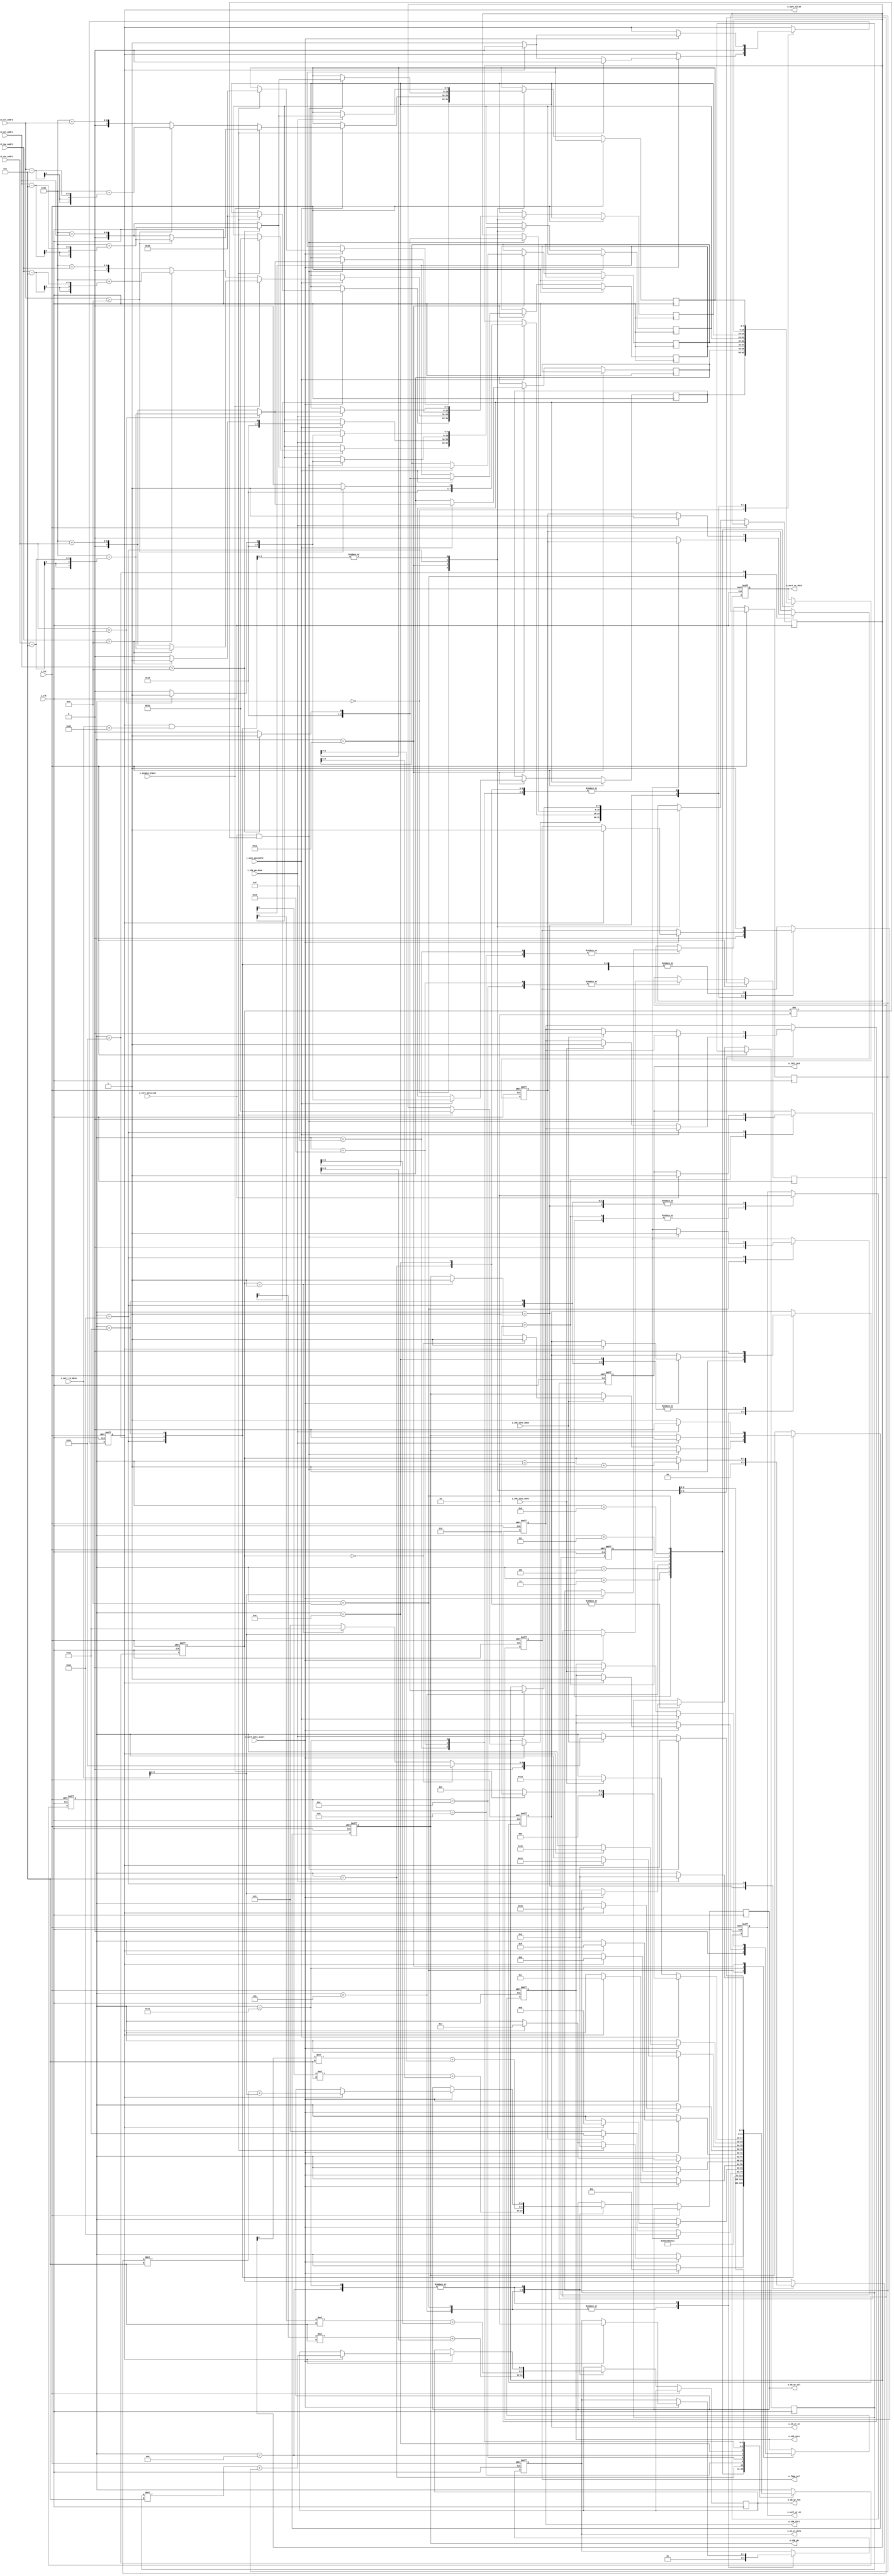
//--------------------------------------------------------------------------------------------
//    module      :    master_sm
//    top module  :    connect6
//    description :    The master state machine
//    revision    :
//    17-8-2011   :    Initial draft
//    16-9-2011   :    Corrected bug in threat detection
//--------------------------------------------------------------------------------------------

`define empty_cell 2'b00
`define my_cell    2'b01
`define enemy_cell 2'b10

module master_sm(
input    wire       i_clk,
input    wire       i_rst,
(* keep = "true" *)
input    wire       i_uart_data_avail,
(* keep = "true" *)
input    wire [7:0] i_uart_rd_data,
output   reg  [7:0] o_uart_wr_data,
output   reg        o_uart_wr_en,
output   reg        o_uart_rd_en,
output   reg        o_sb_wr_en,
(* keep = "true" *)
output   reg  [1:0] o_sb_wr_data,
(* keep = "true" *)
output   reg  [4:0] o_sb_wr_row,
(* keep = "true" *)
output   reg  [4:0] o_sb_wr_col,
output   reg        o_chk_succ,
input    wire       i_chk_succ_done,
input    wire       i_succ_possible,
input    wire [4:0] i_td_row_addr1,
input    wire [4:0] i_td_col_addr1,
input    wire [4:0] i_td_row_addr2,
input    wire [4:0] i_td_col_addr2,
output   reg        o_chk_thrt,
output   reg        o_chk_pm,
input    wire       i_chk_pm_done,
input    wire       i_chk_thrt_done,
input    wire       i_thrt_detected,
output   reg        o_fpga_act,
output   reg        o_thrt_ack,
input    wire       i_single_place
);


wire   [7:0]    rand_cntr_value;
reg    [5:0]    state;
reg    [7:0]    uart_wr_buff[7:0];
reg    [3:0]    uart_rd_buff[2:0];
reg             thrt_flag;
reg    [1:0]    threat_cnt;
reg             pm_flag;
parameter       START      =    0,
                IDLE       =    1,
				TX1B1      =    2,
				TX1B2      =    3,
				TX1B3      =    4,
				TX1B4      =    5,
				TX2B1      =    6,
				TX2B2      =    7,
				TX2B3      =    8,
				TX2B4      =    9,
				RX1B1      =    10,
				RX1B2      =    11,
				RX1B3      =    12,
				RX1B4      =    13,
				RX2B1      =    14,
				RX2B2      =    15,
				RX2B3      =    16,
				RX2B4      =    17,
				CHK_SUCC   =    18,
			    CHK_TRT    =    19,
			    CHK_PM1    =    20,
			    CHK_PM2    =    21;

always @(posedge i_clk or posedge i_rst)
begin
    if(i_rst)
	begin
	    state         <=    START;
		o_uart_wr_en  <=    1'b0;
		o_uart_rd_en  <=    1'b0;
		o_fpga_act    <=    1'b0;
		o_chk_succ    <=    1'b0;
		o_chk_pm      <=    1'b0;
		thrt_flag     <=    1'b0;
		o_thrt_ack    <=    1'b0;
		threat_cnt    <=    0;
		o_uart_wr_data<=    0; 
		o_sb_wr_en    <=    0;
		o_sb_wr_data  <=    `empty_cell;
		o_chk_thrt    <=    1'b0;
		pm_flag       <=    1'b0;
	end
	else
	begin
	    case(state)
		    START:begin
			    if(i_uart_data_avail)   //Wait until the rafaree indication.
				begin
				    o_uart_rd_en    <=    1'b1;
					if(o_uart_rd_en & i_uart_rd_data == 'h44)   //FPGA is playing black
					begin                              //Replace if the initial placement needs to be random. Now always (10,10)
					    uart_wr_buff[4]    <=    8'h31;//{4'h3,3'h0,rand_cntr_value[0]};
					    uart_wr_buff[5]    <=    8'h30;//{4'h3,1'h0,rand_cntr_value[3:2],1'h1};
					    uart_wr_buff[6]    <=    8'h31;//{4'h3,3'h0,rand_cntr_value[1]};
					    uart_wr_buff[7]    <=    8'h30;//{4'h3,1'h0,rand_cntr_value[5:4],1'h1};
						o_uart_rd_en       <=    1'b0;
						state              <=    TX2B1;
					end
					else if(o_uart_rd_en)                         //FPGA is playing white so wait for first move
					begin
					    state         <=    RX2B1;
						o_uart_rd_en  <=    1'b0;
					end
				end
			end
			IDLE:begin
				o_sb_wr_en   <=    1'b0;
				o_fpga_act   <=    1'b0;
				o_uart_wr_en <=    1'b0;
				o_uart_rd_en <=    1'b0;
				threat_cnt   <=    0;
				if(i_uart_data_avail)
			        state        <=    RX1B1;
			end
			TX1B1:begin
                o_uart_wr_en    <=    1'b1;
				o_uart_wr_data  <=    uart_wr_buff[0];
                state           <=    TX1B2;
                o_fpga_act      <=    1'b1;				
			end
			TX1B2:begin
				o_uart_wr_data  <=    uart_wr_buff[1];
                state           <=    TX1B3;
                o_fpga_act      <=    1'b1;					
			end
			TX1B3:begin
				o_uart_wr_data  <=    uart_wr_buff[2];
                state           <=    TX1B4;
                o_fpga_act      <=    1'b1;				
			end
			TX1B4:begin
				o_uart_wr_data  <=    uart_wr_buff[3];

                o_fpga_act      <=    1'b1;	
                o_sb_wr_en      <=    1'b1;
                o_sb_wr_row     <=    uart_wr_buff[0][0]*10 + uart_wr_buff[1][3:0];
                o_sb_wr_col     <=    uart_wr_buff[2][0]*10 + uart_wr_buff[3][3:0];		
                o_sb_wr_data    <=    `my_cell;	
                state           <=    TX2B1;				
			end
			TX2B1:begin
			    o_uart_wr_en    <=    1'b1;
				o_sb_wr_en      <=    1'b0;
				o_uart_wr_data  <=    uart_wr_buff[4];
                state           <=    TX2B2;	
                o_fpga_act      <=    1'b1;	
                o_thrt_ack      <=    1'b0;				
			end
			TX2B2:begin
				o_uart_wr_data  <=    uart_wr_buff[5];
                state           <=    TX2B3;	
                o_fpga_act      <=    1'b1;				
			end
			TX2B3:begin
				o_uart_wr_data  <=    uart_wr_buff[6];
                state           <=    TX2B4;
                o_fpga_act      <=    1'b1;				
			end
			TX2B4:begin
				o_uart_wr_data  <=    uart_wr_buff[7];
				if(thrt_flag)
				begin
				    thrt_flag   <=    1'b0;
					state       <=    CHK_TRT;
				end
				else if(pm_flag)
				begin
                    state       <=    CHK_PM2;
					pm_flag     <=    0;
				end	
                else				
                    state       <=    IDLE;	
                o_fpga_act      <=    1'b1;		
                o_sb_wr_en      <=    1'b1;
                o_sb_wr_row     <=    uart_wr_buff[4][0]*10 + uart_wr_buff[5][3:0];
                o_sb_wr_col     <=    uart_wr_buff[6][0]*10 + uart_wr_buff[7][3:0];	
                o_sb_wr_data    <=    `my_cell;			
                o_chk_succ      <=    1'b0;				
			end
			RX1B1:begin
			    if(i_uart_data_avail)  
				begin
				    uart_rd_buff[0] <=    i_uart_rd_data[3:0];
				    o_uart_rd_en    <=    1'b1;
					if(o_uart_rd_en)
					begin
					    state         <=    RX1B2;
						o_uart_rd_en  <=    1'b0;
                        o_fpga_act    <=    1'b1;						
					end	
				end	
			end
			RX1B2:begin
			    if(i_uart_data_avail)   
				begin
				    o_uart_rd_en    <=    1'b1;
					uart_rd_buff[1] <=    i_uart_rd_data[3:0];
					if(o_uart_rd_en)
					begin
					    state         <=    RX1B3;
						o_uart_rd_en  <=    1'b0;
						o_fpga_act    <=    1'b1;
					end	
				end	
			end
			RX1B3:begin
			    if(i_uart_data_avail)   
				begin
				    o_uart_rd_en    <=    1'b1;
					uart_rd_buff[2] <=    i_uart_rd_data[3:0];
					if(o_uart_rd_en)
					begin
					    state         <=    RX1B4;
						o_uart_rd_en  <=    1'b0;
						o_fpga_act    <=    1'b1;
					end	
				end	
			end
			RX1B4:begin
			    if(i_uart_data_avail)   
				begin
				    o_uart_rd_en    <=    1'b1;
					if(o_uart_rd_en)
					begin
					    state         <=    RX2B1;
						o_uart_rd_en  <=    1'b0;
						o_sb_wr_en    <=    1'b1;
						o_sb_wr_row   <=    uart_rd_buff[0]*10 + uart_rd_buff[1];
						o_sb_wr_col   <=    uart_rd_buff[2]*10 + i_uart_rd_data[3:0];
						o_sb_wr_data  <=    `enemy_cell;
						o_fpga_act    <=    1'b1;
					end	
				end	
			end
			RX2B1:begin
			    o_sb_wr_en    <=    1'b0;
			    if(i_uart_data_avail)   
				begin
				    uart_rd_buff[0] <=    i_uart_rd_data[3:0];
				    o_uart_rd_en    <=    1'b1;
					if(o_uart_rd_en)
					begin
					    state         <=    RX2B2;
						o_uart_rd_en  <=    1'b0;
						o_fpga_act    <=    1'b1;
					end	
				end	
			end
			RX2B2:begin
			    if(i_uart_data_avail) 
				begin
				    o_uart_rd_en    <=    1'b1;
					uart_rd_buff[1] <=    i_uart_rd_data[3:0];
					if(o_uart_rd_en)
					begin
					    state         <=    RX2B3;
						o_uart_rd_en  <=    1'b0;
						o_fpga_act    <=    1'b1;
					end	
				end	
			end
			RX2B3:begin
			    if(i_uart_data_avail)  
				begin
				    o_uart_rd_en    <=    1'b1;
					uart_rd_buff[2] <=    i_uart_rd_data[3:0];
					if(o_uart_rd_en)
					begin
					    state         <=    RX2B4;
						o_uart_rd_en  <=    1'b0;
						o_fpga_act    <=    1'b1;
					end	
				end	
			end
			RX2B4:begin
			    if(i_uart_data_avail)  
				begin
				    o_uart_rd_en      <=    1'b1;
					if(o_uart_rd_en)
					begin
					    state         <=    CHK_SUCC;
						o_chk_succ    <=    1'b1;
						o_uart_rd_en  <=    1'b0;
						o_sb_wr_en    <=    1'b1;
						o_sb_wr_row   <=    uart_rd_buff[0]*10 + uart_rd_buff[1];
						o_sb_wr_col   <=    uart_rd_buff[2]*10 + i_uart_rd_data[3:0];
						o_sb_wr_data  <=    `enemy_cell;
						o_fpga_act    <=    1'b1;
					end	
				end	
			end
		    CHK_SUCC:begin
			    o_sb_wr_en    <=    1'b0;
				if(i_succ_possible)
				begin
				    if(i_td_row_addr1 > 9)
					begin
					    uart_wr_buff[0] <= 'h31;  //1
						uart_wr_buff[1] <= 'h30 + (i_td_row_addr1 - 10);
					end
					else
					begin
					    uart_wr_buff[0] <= 'h30;  //0
						uart_wr_buff[1] <= 'h30 + i_td_row_addr1;
					end
					if(i_td_col_addr1 > 9)
					begin
					    uart_wr_buff[2] <= 'h31;  //1
						uart_wr_buff[3] <= 'h30 + (i_td_col_addr1 - 10);
					end
					else
					begin
					    uart_wr_buff[2] <= 'h30;  //0
						uart_wr_buff[3] <= 'h30 + i_td_col_addr1;
					end
					if(i_single_place)
					begin
						if(i_td_row_addr2 > 9)
						begin
						    uart_wr_buff[4] <= 'h31;  //1
							uart_wr_buff[5] <= 'h30 + (i_td_row_addr1 - 10);
						end
						else
						begin
						    uart_wr_buff[4] <= 'h30;  //0
							uart_wr_buff[5] <= 'h30 + i_td_row_addr1;
						end
						if(i_td_col_addr2 > 9)
						begin
						    uart_wr_buff[6] <= 'h31;  //1
							uart_wr_buff[7] <= 'h30 + (i_td_col_addr1 - 10);
						end
						else
						begin
						    uart_wr_buff[6] <= 'h30;  //0
							uart_wr_buff[7] <= 'h30 + i_td_col_addr1;
						end
						state    <=     TX2B1;
					end	
					else
					begin
						if(i_td_row_addr2 > 9)
						begin
						    uart_wr_buff[4] <= 'h31;  //1
							uart_wr_buff[5] <= 'h30 + (i_td_row_addr2 - 10);
						end
						else
						begin
						    uart_wr_buff[4] <= 'h30;  //0
							uart_wr_buff[5] <= 'h30 + i_td_row_addr2;
						end
						if(i_td_col_addr2 > 9)
						begin
						    uart_wr_buff[6] <= 'h31;  //1
							uart_wr_buff[7] <= 'h30 + (i_td_col_addr2 - 10);
						end
						else
						begin
						    uart_wr_buff[6] <= 'h30;  //0
							uart_wr_buff[7] <= 'h30 + i_td_col_addr2;
						end
						state    <=     TX1B1;
					end
				end
				else if(i_chk_succ_done)
				begin
				    state       <=   CHK_TRT;
                    o_chk_thrt  <=   1'b1;		
                    o_chk_succ  <=   1'b0;					
				end	
			end
			CHK_TRT:begin
			    o_sb_wr_en    <=    1'b0;
				o_uart_wr_en  <=    1'b0;
			    if(i_thrt_detected & threat_cnt != 2 )
				begin
				    if(i_td_row_addr1 > 9)
					begin
					    uart_wr_buff[4] <= 'h31;  //1
						uart_wr_buff[5] <= 'h30 + (i_td_row_addr1 - 10);
					end
					else
					begin
					    uart_wr_buff[4] <= 'h30;  //0
						uart_wr_buff[5] <= 'h30 + i_td_row_addr1;
					end
					if(i_td_col_addr1 > 9)
					begin
					    uart_wr_buff[6] <= 'h31;  //1
						uart_wr_buff[7] <= 'h30 + (i_td_col_addr1 - 10);
					end
					else
					begin
					    uart_wr_buff[6] <= 'h30;  //0
						uart_wr_buff[7] <= 'h30 + i_td_col_addr1;
					end
					state      <=    TX2B1;
					thrt_flag  <=    1'b1;
					threat_cnt <=    threat_cnt + 1;
				end
			    else if(i_chk_thrt_done)
				begin
				    o_chk_thrt    <=    1'b0;
					if(threat_cnt == 0)
					begin
                        state         <=    CHK_PM1;
                        o_chk_pm      <=    1'b1;					
					end
                    else if(threat_cnt == 1)
                    begin
					    state         <=    CHK_PM2;
                        o_chk_pm      <=    1'b1;
                    end
                    else
                        state         <=    IDLE;					
				end
				if(i_thrt_detected)
				    o_thrt_ack        <=    1'b1;
				o_fpga_act    <=    1'b1;
			end
			CHK_PM1:begin
			    if(i_chk_pm_done)
				begin
				    o_chk_pm      <=    1'b0;
				    if(i_td_row_addr1 > 9)
					begin
					    uart_wr_buff[4] <= 'h31;  //1
						uart_wr_buff[5] <= 'h30 + (i_td_row_addr1 - 10);
					end
					else
					begin
					    uart_wr_buff[4] <= 'h30;  //0
						uart_wr_buff[5] <= 'h30 + i_td_row_addr1;
					end
					if(i_td_col_addr1 > 9)
					begin
					    uart_wr_buff[6] <= 'h31;  //1
						uart_wr_buff[7] <= 'h30 + (i_td_col_addr1 - 10);
					end
					else
					begin
					    uart_wr_buff[6] <= 'h30;  //0
						uart_wr_buff[7] <= 'h30 + i_td_col_addr1;
					end
                        state    <=     TX2B1;
						pm_flag  <=     1'b1;
				end
				o_fpga_act    <=    1'b1;
			end
			CHK_PM2:begin
			    o_chk_pm        <=     1'b1;
				o_uart_wr_en    <=     1'b0;
				o_sb_wr_en      <=     1'b0;
			    if(i_chk_pm_done)
				begin
				    o_chk_pm      <=    1'b0;
				    if(i_td_row_addr1 > 9)
					begin
					    uart_wr_buff[4] <= 'h31;  //1
						uart_wr_buff[5] <= 'h30 + (i_td_row_addr1 - 10);
					end
					else
					begin
					    uart_wr_buff[4] <= 'h30;  //0
						uart_wr_buff[5] <= 'h30 + i_td_row_addr1;
					end
					if(i_td_col_addr1 > 9)
					begin
					    uart_wr_buff[6] <= 'h31;  //1
						uart_wr_buff[7] <= 'h30 + (i_td_col_addr1 - 10);
					end
					else
					begin
					    uart_wr_buff[6] <= 'h30;  //0
						uart_wr_buff[7] <= 'h30 + i_td_col_addr1;
					end
					    state         <=    TX2B1;
				end
				o_fpga_act    <=    1'b1;
			end
		endcase
	end
end

//Uncomment to make the initial placement random when FPGA is playing black

/*counter rand_cntr(
  .i_clk(i_clk),
  .i_rst(i_rst),
  .o_value(rand_cntr_value)
);*/

endmodule